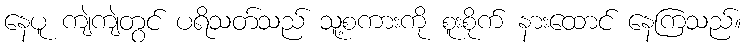
နေပူ ကျဲကျဲတွင် ပရိသတ်သည် သူ့စကားကို စူးစိုက် နားထောင် နေကြသည်။